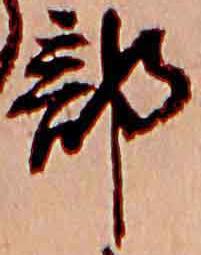
部